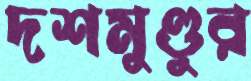
দশমুণ্ডুর